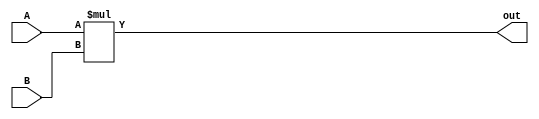
module multiplier(out,A,B);
   output [7:0] out;
   input  [3:0] A;
   input  [3:0] B;

   assign out = A*B;
endmodule